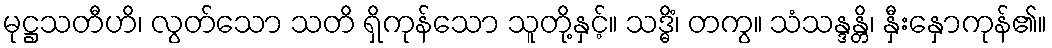
မုဋ္ဌသတီဟိ၊ လွတ်သော သတိ ရှိကုန်သော သူတို့နှင့်။ သဒ္ဓိံ၊ တကွ။ သံသန္ဒန္တိ၊ နှီးနှောကုန်၏။